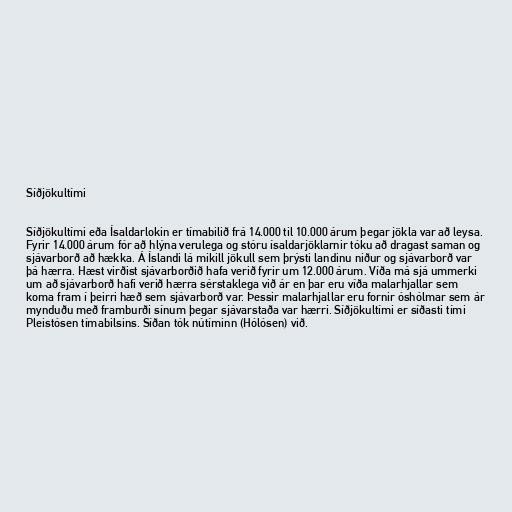
Síðjökultími

Síðjökultími eða Ísaldarlokin er tímabilið frá 14.000 til 10.000 árum þegar jökla var að leysa.
Fyrir 14.000 árum fór að hlýna verulega og stóru ísaldarjöklarnir tóku að dragast saman og
sjávarborð að hækka. Á Íslandi lá mikill jökull sem þrýsti landinu niður og sjávarborð var
þá hærra. Hæst virðist sjávarborðið hafa verið fyrir um 12.000 árum. Víða má sjá ummerki
um að sjávarborð hafi verið hærra sérstaklega við ár en þar eru víða malarhjallar sem
koma fram í þeirri hæð sem sjávarborð var. Þessir malarhjallar eru fornir óshólmar sem ár
mynduðu með framburði sínum þegar sjávarstaða var hærri. Síðjökultími er síðasti tími
Pleistósen tímabilsins. Síðan tók nútíminn (Hólósen) við.